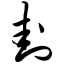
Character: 卦